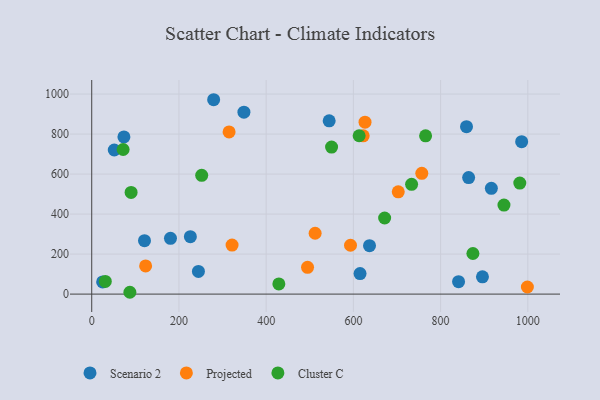
{"axis": {"x": "Investment", "y": "Yield"}, "legend": ["Cluster C", "Projected", "Scenario 2"], "data": [{"x": "859.4", "y": 837.0, "type": "Scenario 2"}, {"x": "180.6", "y": 278.9, "type": "Scenario 2"}, {"x": "25.0", "y": 60.8, "type": "Scenario 2"}, {"x": "985.9", "y": 761.8, "type": "Scenario 2"}, {"x": "244.7", "y": 113.5, "type": "Scenario 2"}, {"x": "51.7", "y": 720.3, "type": "Scenario 2"}, {"x": "916.4", "y": 528.6, "type": "Scenario 2"}, {"x": "349.0", "y": 909.4, "type": "Scenario 2"}, {"x": "896.0", "y": 86.5, "type": "Scenario 2"}, {"x": "615.3", "y": 102.6, "type": "Scenario 2"}, {"x": "73.8", "y": 785.9, "type": "Scenario 2"}, {"x": "279.6", "y": 971.7, "type": "Scenario 2"}, {"x": "121.0", "y": 267.0, "type": "Scenario 2"}, {"x": "637.0", "y": 242.3, "type": "Scenario 2"}, {"x": "841.2", "y": 62.0, "type": "Scenario 2"}, {"x": "544.5", "y": 866.1, "type": "Scenario 2"}, {"x": "226.2", "y": 286.9, "type": "Scenario 2"}, {"x": "864.3", "y": 582.6, "type": "Scenario 2"}, {"x": "321.8", "y": 245.3, "type": "Projected"}, {"x": "756.9", "y": 603.9, "type": "Projected"}, {"x": "315.0", "y": 810.6, "type": "Projected"}, {"x": "626.7", "y": 859.5, "type": "Projected"}, {"x": "622.5", "y": 791.1, "type": "Projected"}, {"x": "702.9", "y": 511.3, "type": "Projected"}, {"x": "593.4", "y": 244.1, "type": "Projected"}, {"x": "999.0", "y": 35.5, "type": "Projected"}, {"x": "512.3", "y": 304.3, "type": "Projected"}, {"x": "123.6", "y": 141.0, "type": "Projected"}, {"x": "494.9", "y": 133.9, "type": "Projected"}, {"x": "87.5", "y": 9.1, "type": "Cluster C"}, {"x": "72.0", "y": 722.9, "type": "Cluster C"}, {"x": "31.1", "y": 63.2, "type": "Cluster C"}, {"x": "550.0", "y": 735.0, "type": "Cluster C"}, {"x": "765.6", "y": 791.2, "type": "Cluster C"}, {"x": "733.5", "y": 548.9, "type": "Cluster C"}, {"x": "429.1", "y": 50.9, "type": "Cluster C"}, {"x": "613.2", "y": 791.5, "type": "Cluster C"}, {"x": "874.1", "y": 202.9, "type": "Cluster C"}, {"x": "945.3", "y": 444.8, "type": "Cluster C"}, {"x": "90.3", "y": 508.1, "type": "Cluster C"}, {"x": "252.2", "y": 593.7, "type": "Cluster C"}, {"x": "671.7", "y": 380.5, "type": "Cluster C"}, {"x": "981.6", "y": 554.8, "type": "Cluster C"}]}